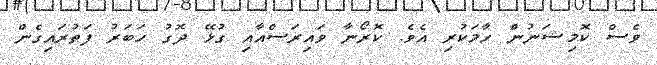
ވެސް ކޮމިޝަނުން ހާމަކުރި އެވެ. ކޮރޯނާ ވައިރަސްއާއި ގުޅޭ ދޮގު ހަބަރު ފަތުރައިގެން